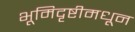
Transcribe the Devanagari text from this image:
भूमिदृष्टीमधून